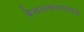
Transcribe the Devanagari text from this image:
बेसलचयापचय